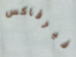
فيرفاكس